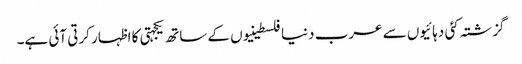
گزشتہ کئی دہائیوں سے عرب دنیا فلسطینیوں کے ساتھ یکجہتی کا اظہار کرتی آئی ہے۔